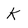
Character: K